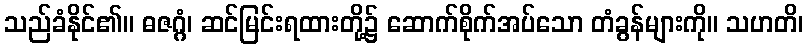
သည်ခံနိုင်၏။ ဓဇဂ္ဂံ၊ ဆင်မြင်းရထားတို့၌ ဆောက်စိုက်အပ်သော တံခွန်များကို။ သဟတိ၊